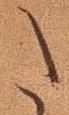
た